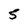
Character: 5